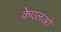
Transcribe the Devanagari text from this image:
केएलओ